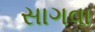
સાગવા